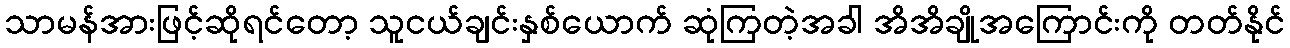
သာမန်အားဖြင့်ဆိုရင်တော့ သူငယ်ချင်းနှစ်ယောက် ဆုံကြတဲ့အခါ အိအိချိုအကြောင်းကို တတ်နိုင်